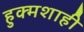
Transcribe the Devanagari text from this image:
हुक्मशाही